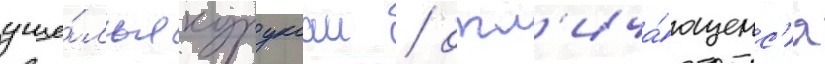
уще́лья куруксаи / отл'ича́ющемс'я